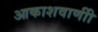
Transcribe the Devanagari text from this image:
आकाशवाणीी